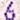
6